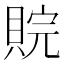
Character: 𮚉